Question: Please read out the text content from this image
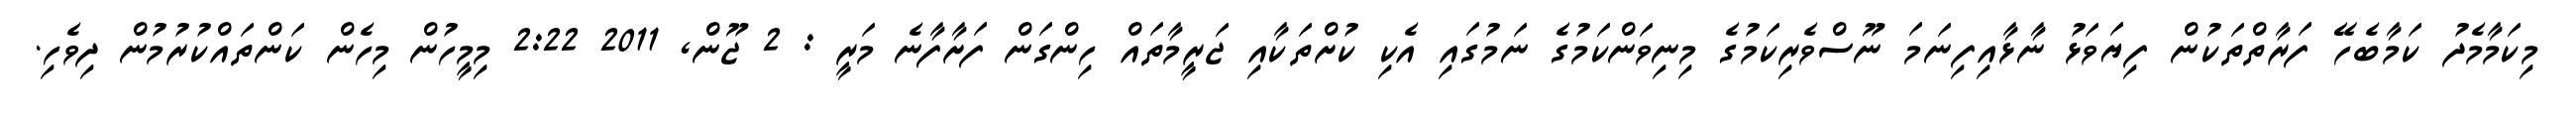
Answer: މިކަމާމެދު ކަމާބެހޭ ފަރާތްތަކުން ފިޔަވަޅު ނާޅާއިފިނަމަ ނޫސްވެރިކަމުގެ މިނިވަންކަމުގެ ނަމުގައި އެކި ކުށްތަކާއި ޖަރީމާތައް ހިންގަން ފަށާފާނެ މަރީ : 2 ޖޫން, 2011 2:22 މިމީހުން މިހެން ކަންތައްކުރުމުން ދިވެހި.